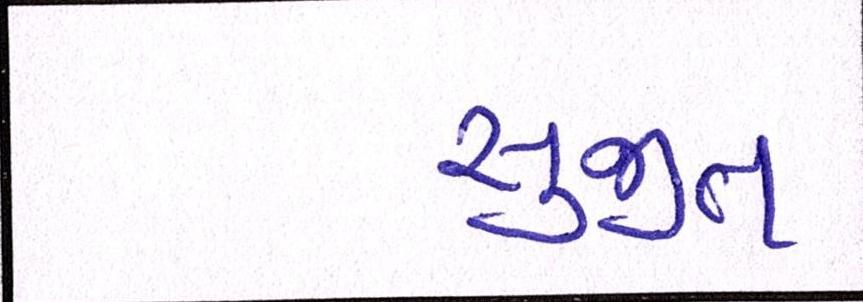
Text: સુજીત